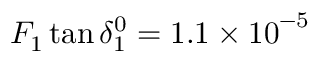
F _ { 1 } \tan { \delta _ { 1 } ^ { 0 } = { 1 . 1 \times 1 0 } ^ { - 5 } }